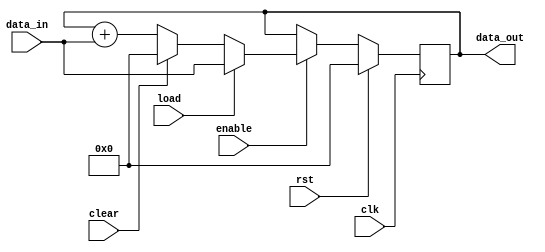
module accumulator(
    input wire clk,
    input wire rst,
    input wire enable,
    input wire load,
    input wire clear,
    input wire [31:0] data_in,
    output reg [31:0] data_out
);

reg [31:0] accumulator_reg;

always @(posedge clk) begin
    if (rst) begin
        accumulator_reg <= 32'b0;
    end else begin
        if (enable) begin
            if (load) begin
                accumulator_reg <= data_in;
            end else if (clear) begin
                accumulator_reg <= 32'b0;
            end else begin
                accumulator_reg <= accumulator_reg + data_in;
            end
        end
    end
end

assign data_out = accumulator_reg;

endmodule